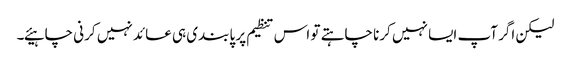
لیکن اگر آپ ایسا نہیں کرنا چاہتے تو اس تنظیم پر پابندی ہی عائد نہیں کرنی چاہیئے۔